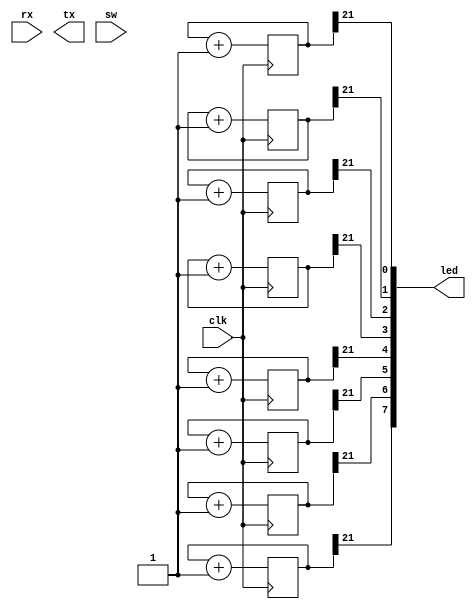
module top(
    input  wire clk,

    input  wire rx,
    output wire tx,

    input  wire [15:0] sw,
    output wire [15:0] led
);
    localparam LOG2DELAY = 22;

    reg [LOG2DELAY-1:0] counter0 = 0;
    reg [LOG2DELAY-1:0] counter1 = 0;
    reg [LOG2DELAY-1:0] counter2 = 0;
    reg [LOG2DELAY-1:0] counter3 = 0;
    reg [LOG2DELAY-1:0] counter4 = 0;
    reg [LOG2DELAY-1:0] counter5 = 0;
    reg [LOG2DELAY-1:0] counter6 = 0;
    reg [LOG2DELAY-1:0] counter7 = 0;

    always @(posedge clk) begin
    	counter0 <= counter0 + 1;
    	counter1 <= counter1 + 1;
    	counter2 <= counter2 + 1;
    	counter3 <= counter3 + 1;
    	counter4 <= counter4 + 1;
    	counter5 <= counter5 + 1;
    	counter6 <= counter6 + 1;
    	counter7 <= counter7 + 1;
    end

    assign led[0] = counter0[LOG2DELAY-1];
    assign led[1] = counter1[LOG2DELAY-1];
    assign led[2] = counter2[LOG2DELAY-1];
    assign led[3] = counter3[LOG2DELAY-1];
    assign led[4] = counter4[LOG2DELAY-1];
    assign led[5] = counter5[LOG2DELAY-1];
    assign led[6] = counter6[LOG2DELAY-1];
    assign led[7] = counter7[LOG2DELAY-1];
endmodule